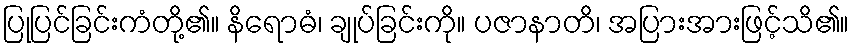
ပြုပြင်ခြင်းကံတို့၏။ နိရောဓံ၊ ချုပ်ခြင်းကို။ ပဇာနာတိ၊ အပြားအားဖြင့်သိ၏။